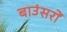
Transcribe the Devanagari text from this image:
बाउंसरों